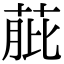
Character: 𦱔